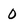
Character: 0